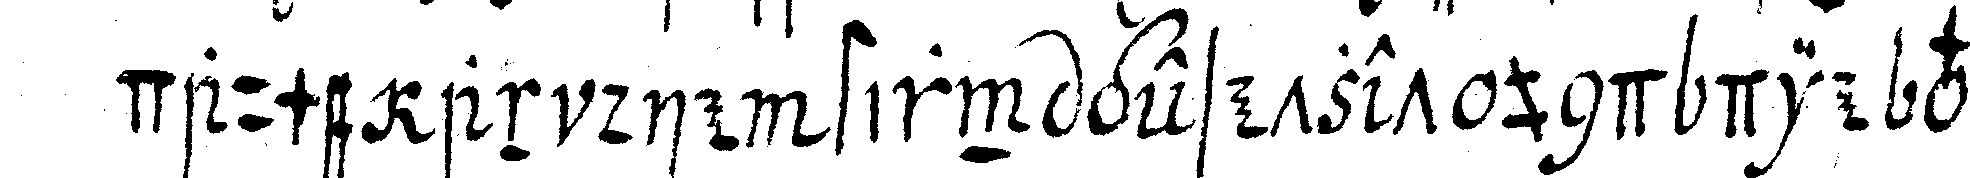
daume an die stirn gesetzet und die vier